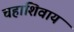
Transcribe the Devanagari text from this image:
चहाशिवाय